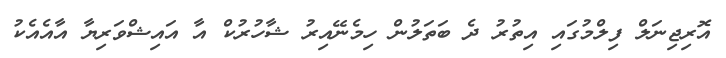
އޮރިޖިނަލް ފިލްމުގައި އިތުރު ދެ ބަތަލުން ހިމެނޭއިރު ޝާހުރުކް އާ އައިޝްވަރިޔާ އާއެއެކު